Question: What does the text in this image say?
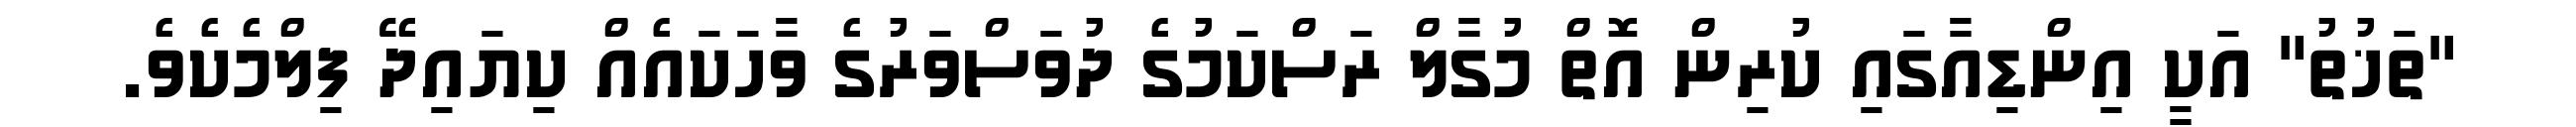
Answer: "ތަޚުތު" އަކީ އިންޑިއާގައި ކުރިން އޮތް މުގާލް ރަސްކަމުގެ ދުވަސްވަރުގެ ވާހަކައެއް ކިޔައިދޭ ފިލްމެކެވެ.